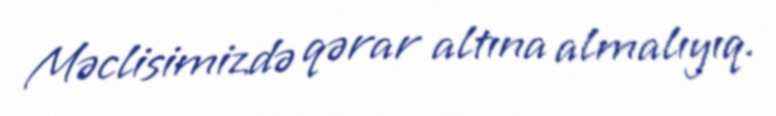
Məclisimizdə qərar altına almalıyıq.